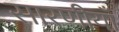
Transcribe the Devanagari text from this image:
सारणीयाँ